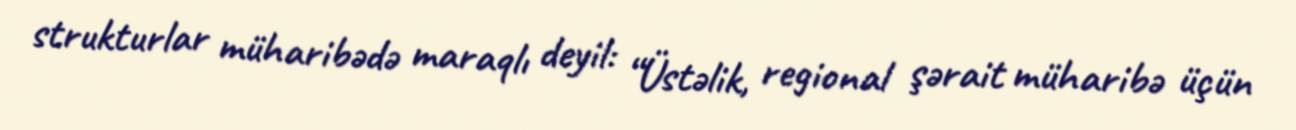
strukturlar müharibədə maraqlı deyil: “Üstəlik, regional şərait müharibə üçün